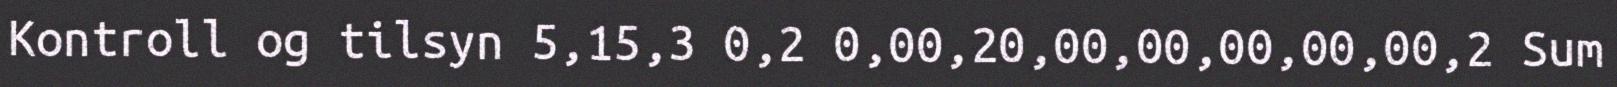
Kontroll og tilsyn 5,15,3 0,2 0,00,20,00,00,00,00,00,2 Sum